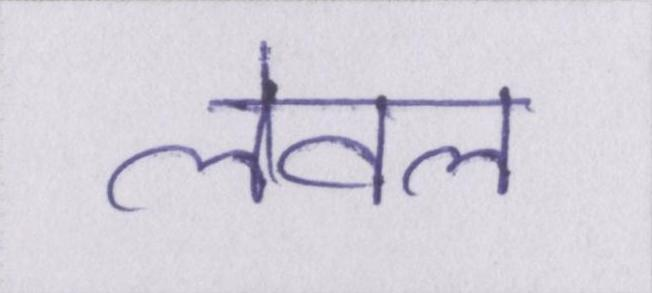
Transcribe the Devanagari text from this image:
लेवल